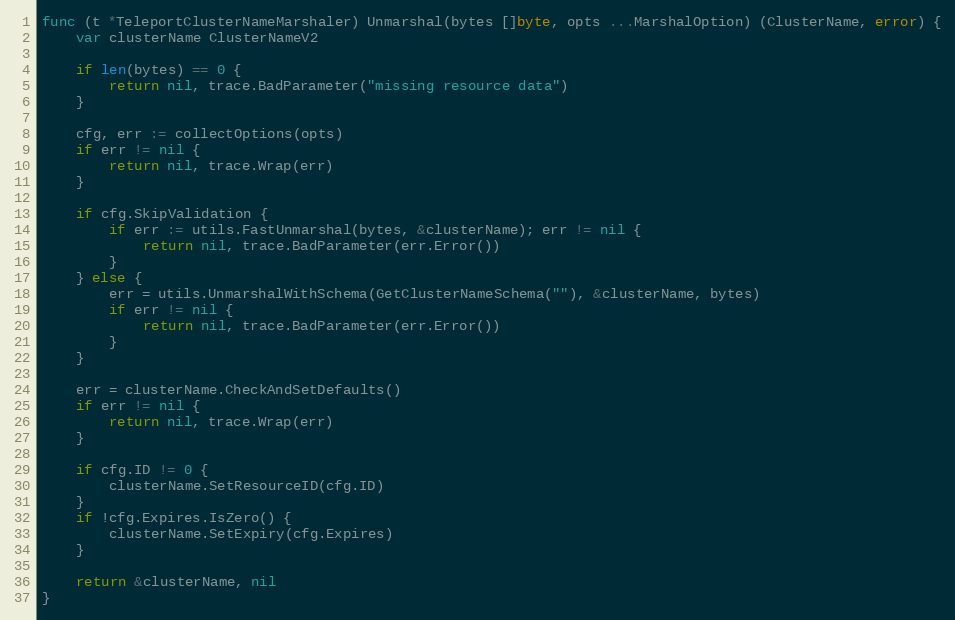
Language: Go
func (t *TeleportClusterNameMarshaler) Unmarshal(bytes []byte, opts ...MarshalOption) (ClusterName, error) {
	var clusterName ClusterNameV2

	if len(bytes) == 0 {
		return nil, trace.BadParameter("missing resource data")
	}

	cfg, err := collectOptions(opts)
	if err != nil {
		return nil, trace.Wrap(err)
	}

	if cfg.SkipValidation {
		if err := utils.FastUnmarshal(bytes, &clusterName); err != nil {
			return nil, trace.BadParameter(err.Error())
		}
	} else {
		err = utils.UnmarshalWithSchema(GetClusterNameSchema(""), &clusterName, bytes)
		if err != nil {
			return nil, trace.BadParameter(err.Error())
		}
	}

	err = clusterName.CheckAndSetDefaults()
	if err != nil {
		return nil, trace.Wrap(err)
	}

	if cfg.ID != 0 {
		clusterName.SetResourceID(cfg.ID)
	}
	if !cfg.Expires.IsZero() {
		clusterName.SetExpiry(cfg.Expires)
	}

	return &clusterName, nil
}